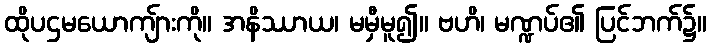
ထိုပဌမယောကျ်ားကို။ အနိဿာယ၊ မမှီမူ၍။ ဗဟိ၊ မဏ္ဍပ်၏ ပြင်ဘက်၌။